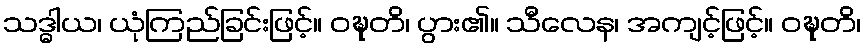
သဒ္ဓါယ၊ ယုံကြည်ခြင်းဖြင့်။ ဝဍ္ဎတိ၊ ပွား၏။ သီလေန၊ အကျင့်ဖြင့်။ ဝဍ္ဎတိ၊